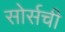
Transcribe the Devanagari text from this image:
सोर्सची